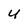
Character: U